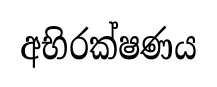
අභිරක්ෂණය